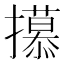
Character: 𫾕